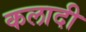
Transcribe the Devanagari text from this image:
कलादी